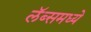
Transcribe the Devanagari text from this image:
लॅब्समध्ये